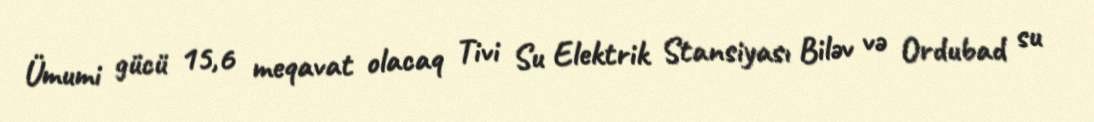
Ümumi gücü 15,6 meqavat olacaq Tivi Su Elektrik Stansiyası Biləv və Ordubad su